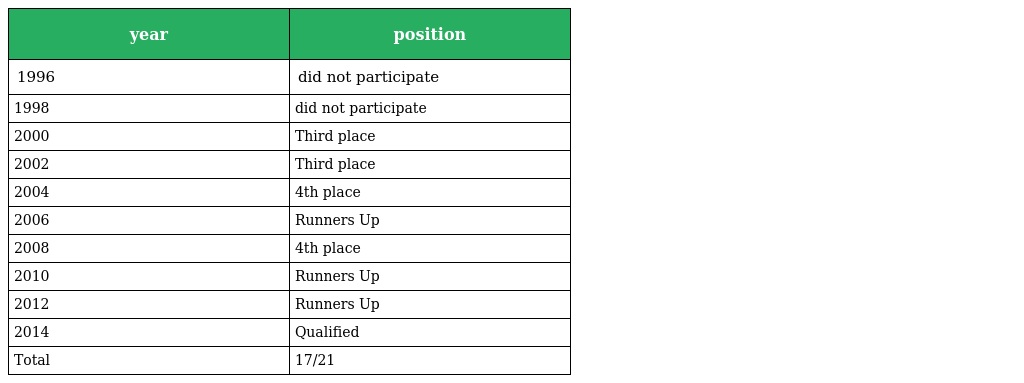
| year | position |
 | --- | --- |
 | 1996 | did not participate |
 | 1998 | did not participate |
 | 2000 | Third place |
 | 2002 | Third place |
 | 2004 | 4th place |
 | 2006 | Runners Up |
 | 2008 | 4th place |
 | 2010 | Runners Up |
 | 2012 | Runners Up |
 | 2014 | Qualified |
 | Total | 17/21 |